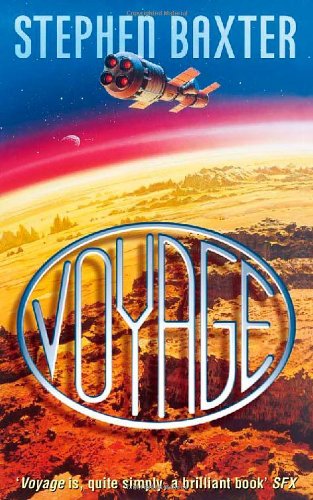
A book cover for Voyage; Stephen Baxter; Science Fiction & Fantasy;